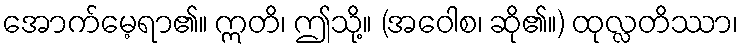
အောက်မေ့ရာ၏။ ဣတိ၊ ဤသို့။ (အဝေါစ၊ ဆို၏။) ထုလ္လတိဿာ၊